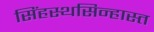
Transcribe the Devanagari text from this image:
सिंहस्थसिन्हास्त